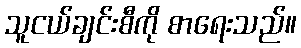
သူငယ်ချင်းစီကို စာရေးသည်။